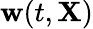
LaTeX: \mathbf{w}(t,\mathbf{X})